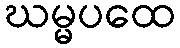
ဃမ္မပထေ